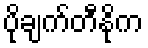
ပိုချက်တီနိုက